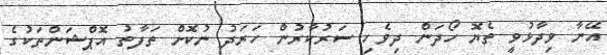
އޭނާ ވިދާޅުވީ ތެޔޮ ހޯދަން ދިވެހި ސަރުކާރުން ހަރަދު ނުކޮށް ތަފާތު އޮޕްޝަންތަކުގެ